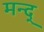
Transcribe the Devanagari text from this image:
मन्द्